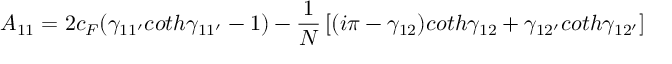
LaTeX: A _ { 1 1 } = 2 c _ { F } ( \gamma _ { 1 1 ^ { \prime } } c o t h \gamma _ { 1 1 ^ { \prime } } - 1 ) - { \frac { 1 } { N } } \left[ ( i \pi - \gamma _ { 1 2 } ) c o t h \gamma _ { 1 2 } + \gamma _ { 1 2 ^ { \prime } } c o t h \gamma _ { 1 2 ^ { \prime } } \right]